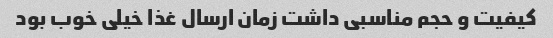
کیفیت و حجم مناسبی داشت زمان ارسال غذا خیلی خوب بود